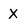
Character: X